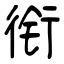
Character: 衔